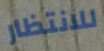
للانتظار